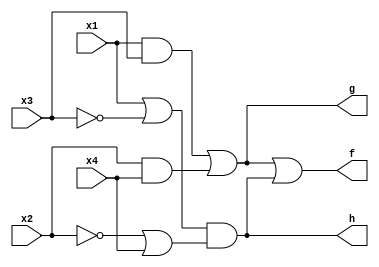
/* Simple combinational logic */

module bm_DL_structural_logic2 (x1, x2, x3, x4, f, g, h);
	input x1, x2, x3, x4;
	output f, g, h;
	wire z1, z2, z3, z4;

	and (z1, x1, x3);
	and (z2, x2, x4);
	or (g, z1, z2);
	or (z3, x1, ~x3);
	or (z4, ~x2, x4);
	and (h, z3, z4);
	or (f, g, h);

endmodule